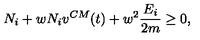
N _ { i } + w N _ { i } v ^ { C M } ( t ) + w ^ { 2 } \frac { E _ { i } } { 2 m } \ge 0 ,